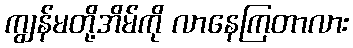
ကျွန်မတို့အိမ်ကို လာနေကြတာလား